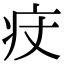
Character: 㽴